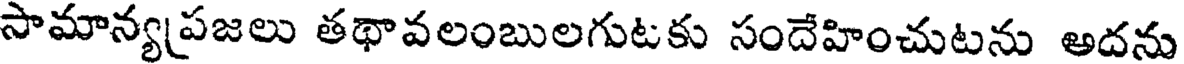
సామాన్యపజలు తథావలంబులగుటకు సందేహించుటను అదను